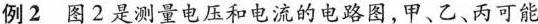
例2 图2是测量电压和电流的电路图，甲、乙、丙可能